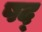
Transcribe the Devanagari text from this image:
षद्